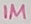
Text: 1M